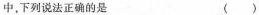
中，下列说法正确的是 ( )